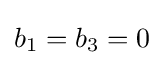
b_{1}=b_{3}=0